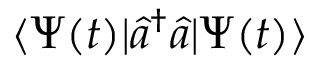
\langle \Psi ( t ) | \hat { a } ^ { \dagger } \hat { a } | \Psi ( t ) \rangle